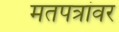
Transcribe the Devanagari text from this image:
मतपत्रांवर